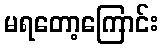
မရတော့ကြောင်း